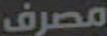
مصرف